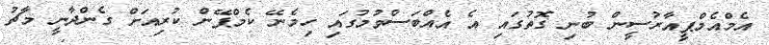
އެމްއެމްޕީއާރުސީން ބުނި ގޮތުގައި އެ އެއްބަސްވުމުގައި ހިމެނޭ ކެމްޕޭން ކުރިއަށް ގެންދާނީ މާޗު